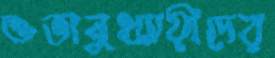
শুভানুধ্যায়ীদের